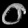
Digit: ၀